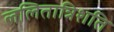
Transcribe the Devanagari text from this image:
ललितात्रिशति